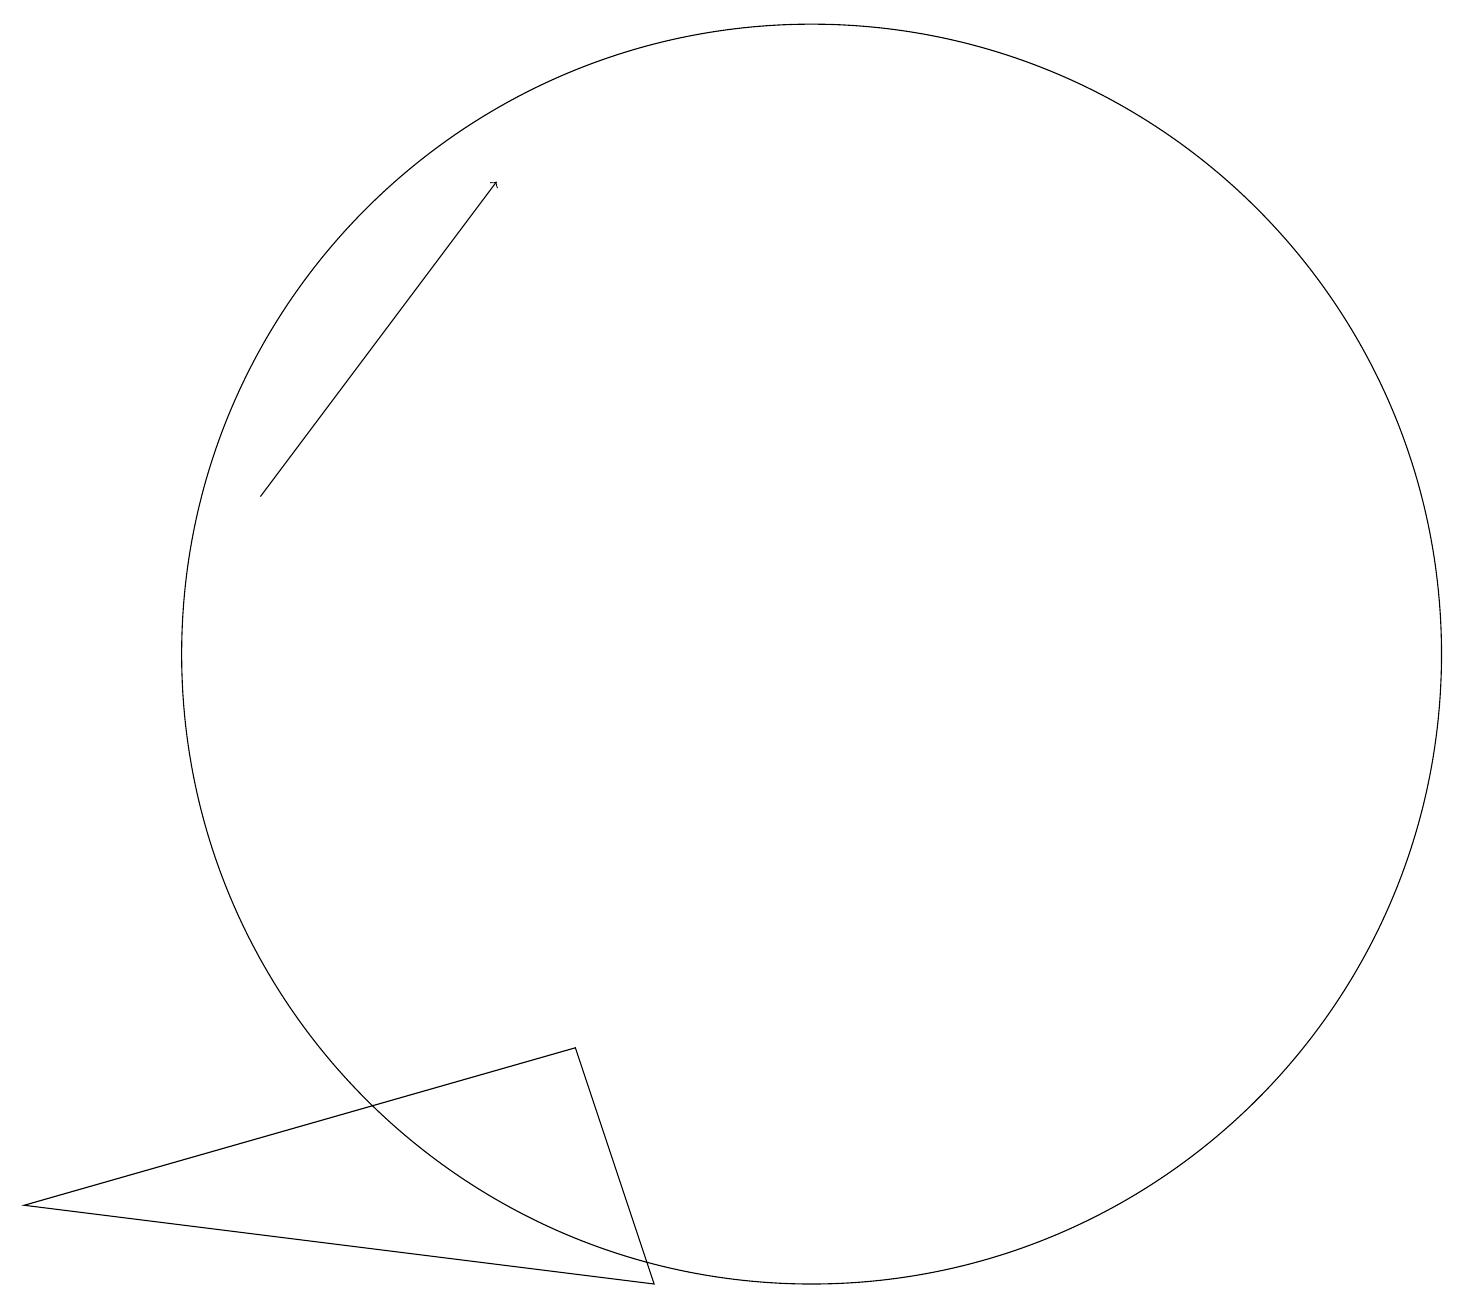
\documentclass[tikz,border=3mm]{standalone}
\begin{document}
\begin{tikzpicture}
\draw (11,10) circle (8);
\draw[->] (4,12) -- (7,16);
\draw (8,5) -- (9,2) -- (1,3) -- cycle;
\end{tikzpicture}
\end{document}